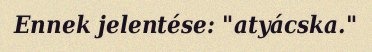
Ennek jelentése: "atyácska."